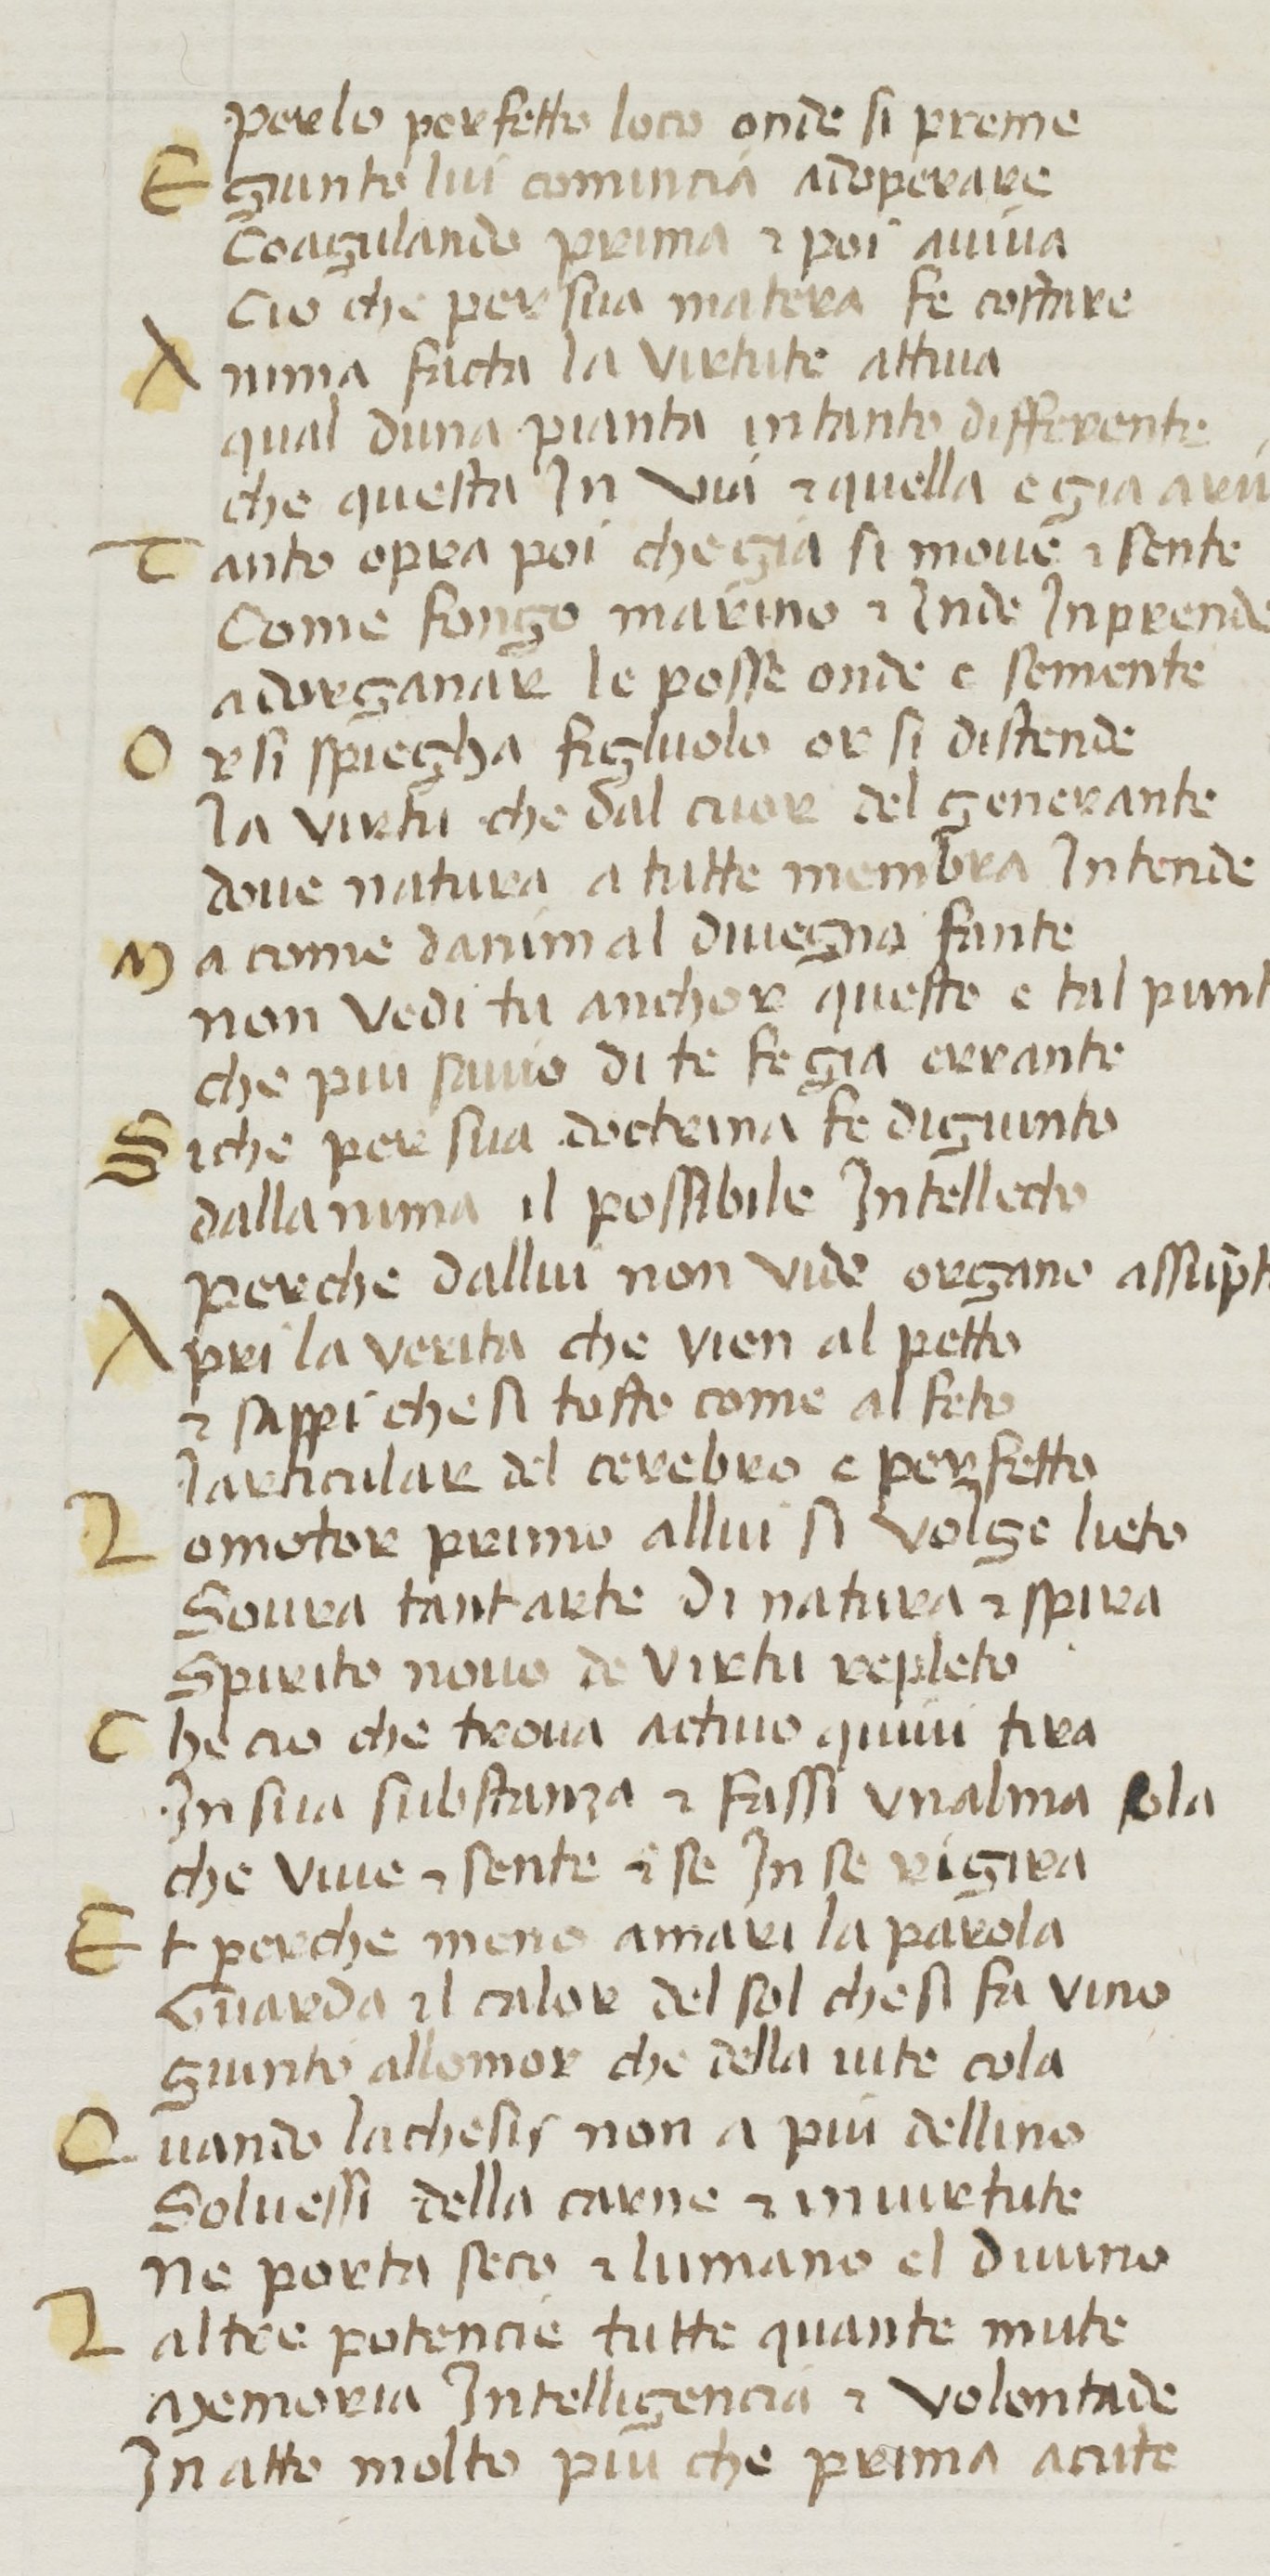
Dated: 1380–1399